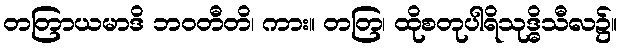
တတြာယမာဒိ ဘဝတီတိ၊ ကား။ တတြ၊ ထိုစတုပါရိသုဒ္ဓိသီလ၌။